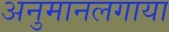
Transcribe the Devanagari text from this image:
अनुमानलगाया